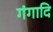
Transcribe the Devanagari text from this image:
गंगादि